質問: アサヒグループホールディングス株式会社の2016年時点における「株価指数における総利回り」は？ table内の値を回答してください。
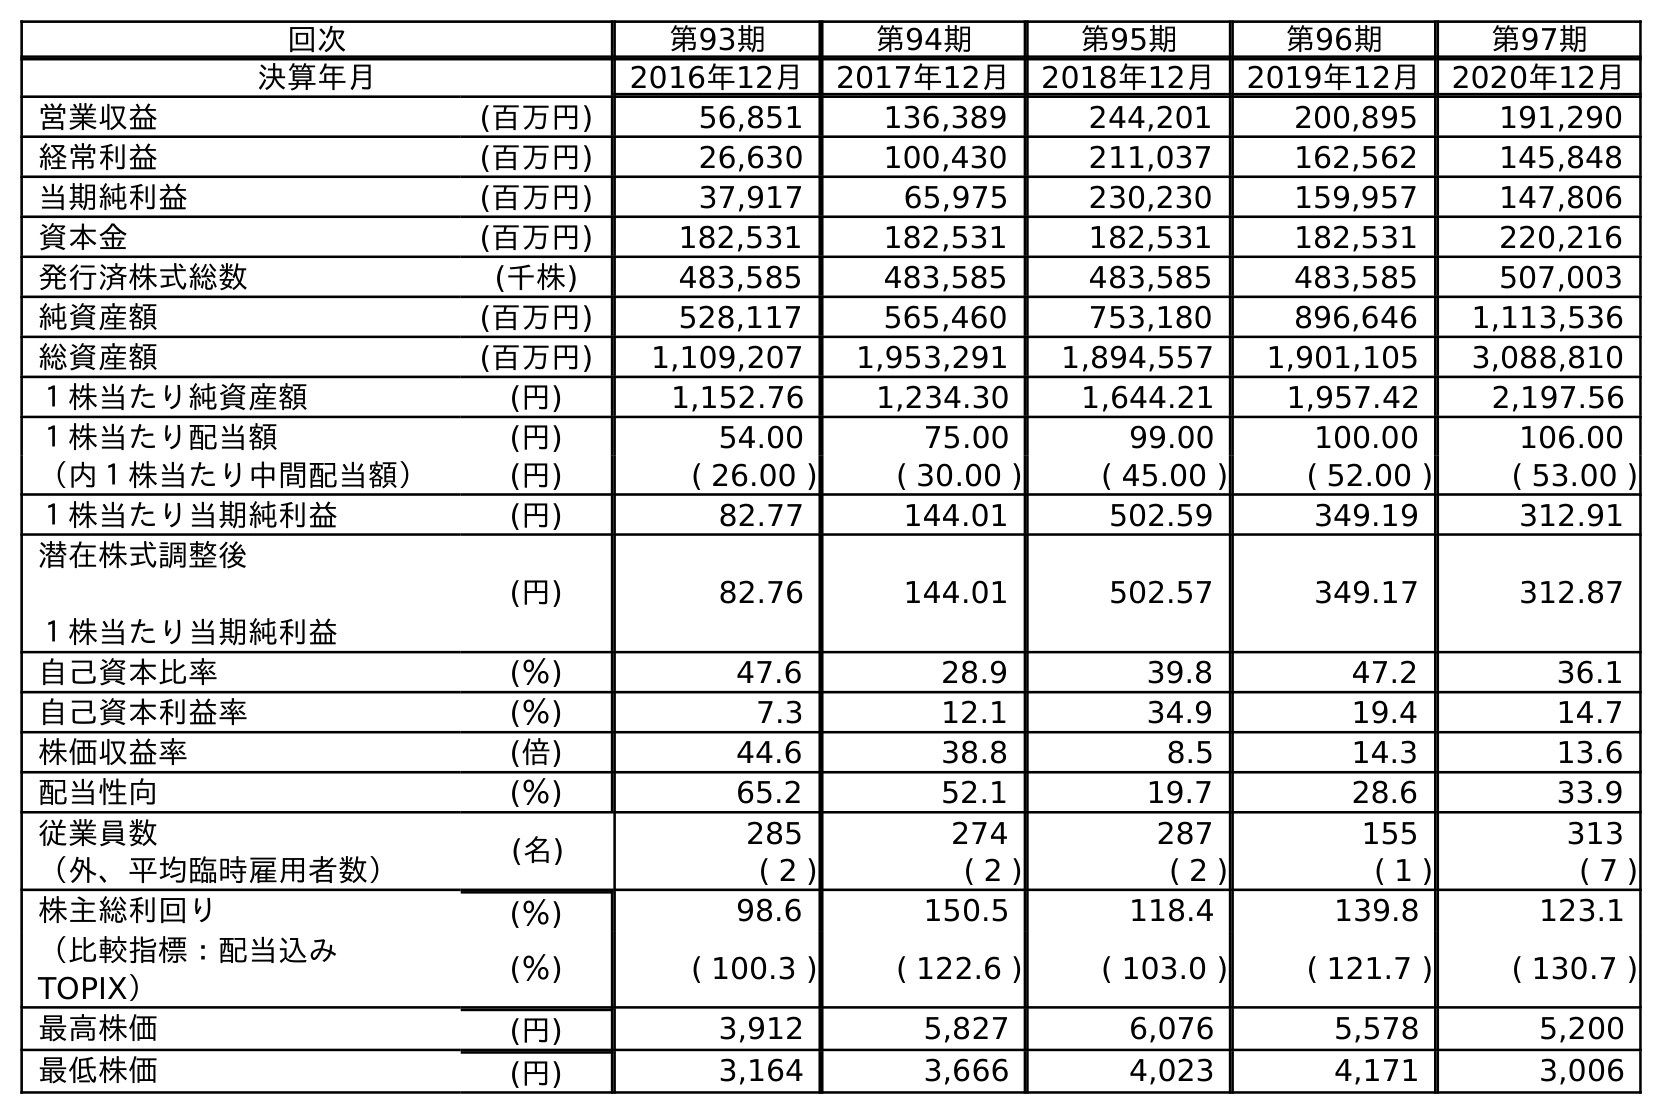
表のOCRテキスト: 回次 第93期 第94期 第95期 第96期 第97期 決算年月 2016年12月 2017年12月 2018年12月 2019年12月 2020年12月 営業収益 (百万円) 56,851 136,389 244,201 200,895 191,290 経常利益 (百万円) 26,630 100,430 211,037 162,562 145,848 当期純利益 (百万円) 37,917 65,975 230,230 159,957 147,806 資本金 (百万円) 182,531 182,531 182,531 182,531 220,216 発行済株式総数 (千株) 483,585 483,585 483,585 483,585 507,003 純資産額 (百万円) 528,117 565,460 753,180 896,646 1,113,536 総資産額 (百万円) 1,109,207 1,953,291 1,894,557 1,901,105 3,088,810 １株当たり純資産額 (円) 1,152.76 1,234.30 1,644.21 1,957.42 2,197.56 １株当たり配当額 (円) 54.00 75.00 99.00 100.00 106.00 （内１株当たり中間配当額） (円) ( 26.00 ) ( 30.00 ) ( 45.00 ) ( 52.00 ) ( 53.00 ) １株当たり当期純利益 (円) 82.77 144.01 502.59 349.19 312.91 潜在株式調整後 １株当たり当期純利益 (円) 82.76 144.01 502.57 349.17 312.87 自己資本比率 (％) 47.6 28.9 39.8 47.2 36.1 自己資本利益率 (％) 7.3 12.1 34.9 19.4 14.7 株価収益率 (倍) 44.6 38.8 8.5 14.3 13.6 配当性向 (％) 65.2 52.1 19.7 28.6 33.9 従業員数 (名) 285 274 287 155 313 （外、平均臨時雇用者数） ( 2 ) ( 2 ) ( 2 ) ( 1 ) ( 7 ) 株主総利回り (％) 98.6 150.5 118.4 139.8 123.1 （比較指標：配当込み TOPIX） (％) ( 100.3 ) ( 122.6 ) ( 103.0 ) ( 121.7 ) ( 130.7 ) 最高株価 (円) 3,912 5,827 6,076 5,578 5,200 最低株価 (円) 3,164 3,666 4,023 4,171 3,006
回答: (100.3)